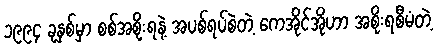
၁၉၉၄ ခုနှစ်မှာ စစ်အစိုးရနဲ့ အပစ်ရပ်စဲတဲ့ ကေအိုင်အိုဟာ အစိုးရစီမံတဲ့